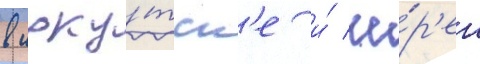
в ирку́тск'е и́ че́р'ез